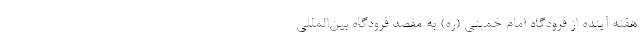
هفته آینده از فرودگاه امام خمینی (ره) به مقصد فرودگاه بین‌المللی